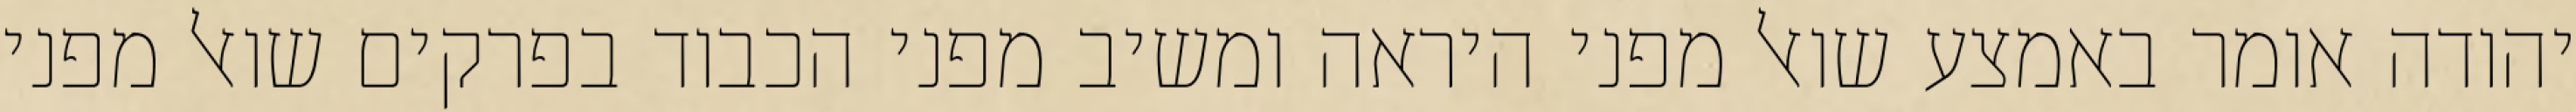
יהודה אומר באמצע שואל מפני היראה ומשיב מפני הכבוד בפרקים שואל מפני